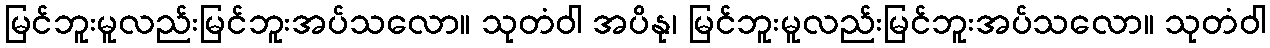
မြင်ဘူးမူလည်းမြင်ဘူးအပ်သလော။ သုတံဝါ အပိနု၊ မြင်ဘူးမူလည်းမြင်ဘူးအပ်သလော။ သုတံဝါ